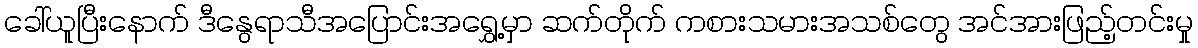
ခေါ်ယူပြီးနောက် ဒီနွေရာသီအပြောင်းအရွှေ့မှာ ဆက်တိုက် ကစားသမားအသစ်တွေ အင်အားဖြည့်တင်းမှု